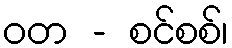
ဝတ - စင်စစ်၊